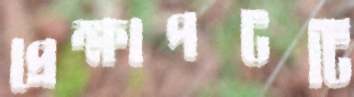
প্রেক্ষাপটটি